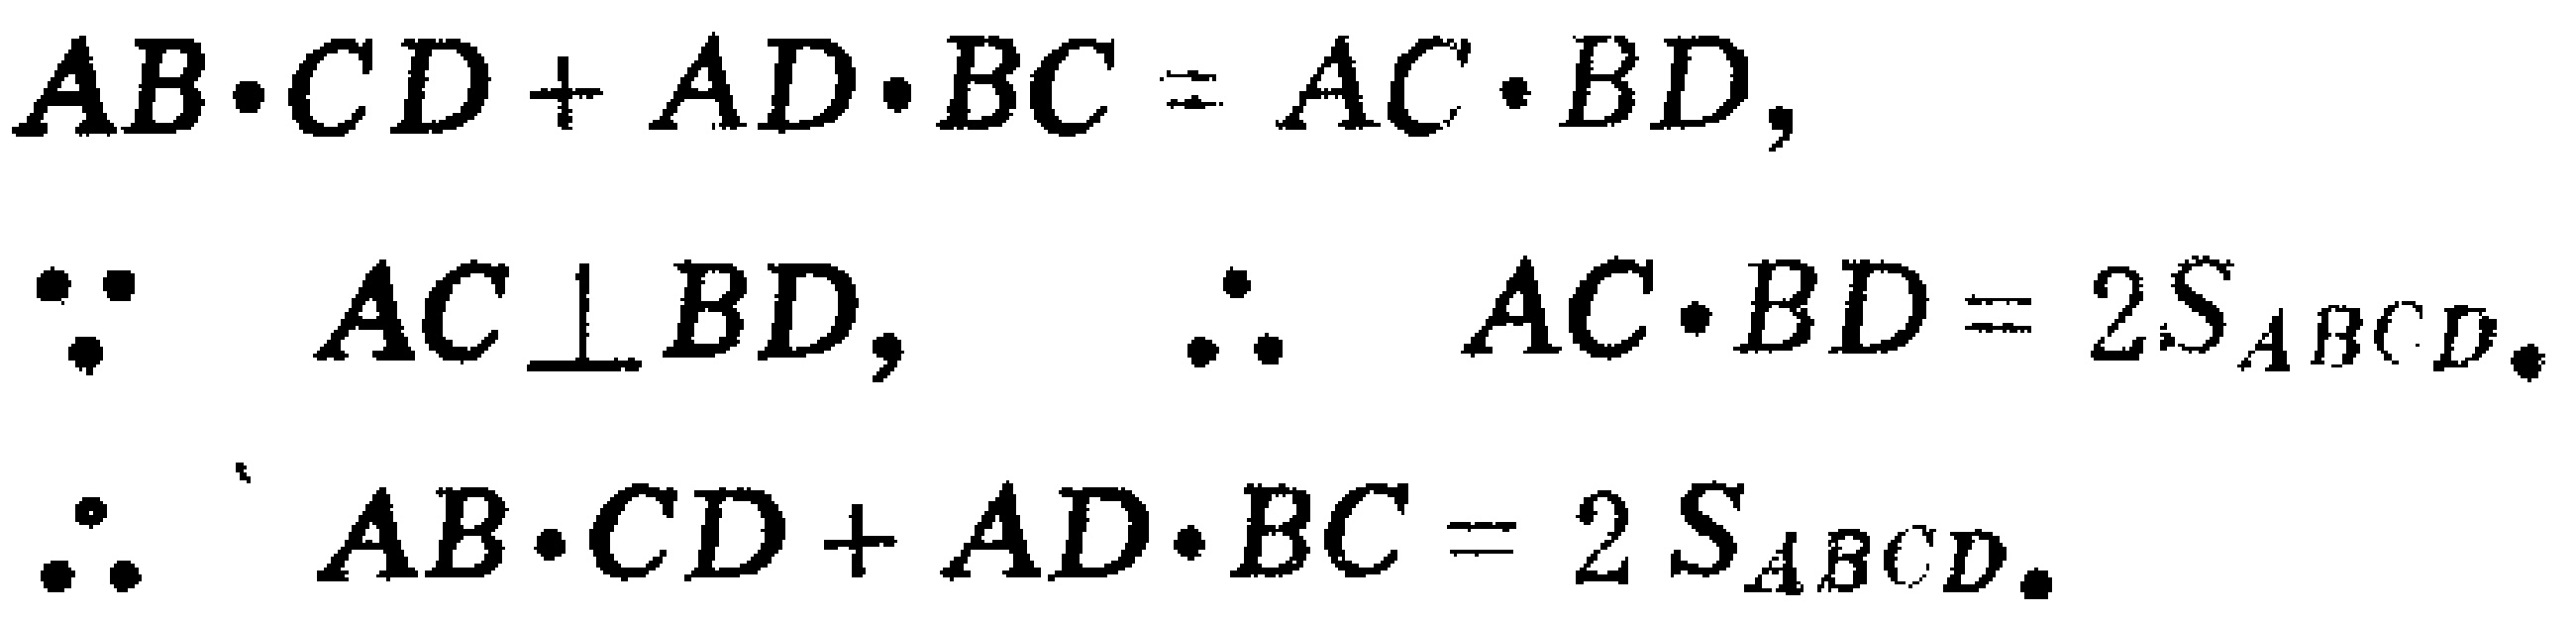
\[
\begin{align*}
AB\cdot CD + AD\cdot BC&= AC\cdot BD,\\
\because AC\perp BD, \quad \therefore AC\cdot BD&= 2S_{ABCD}.\\
\therefore AB\cdot CD + AD\cdot BC&= 2S_{ABCD}.
\end{align*}
\]